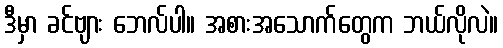
ဒီမှာ ခင်ဗျား ဘေလ်ပါ။ အစားအသောက်တွေက ဘယ်လိုလဲ။